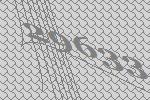
29633